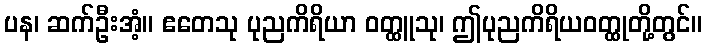
ပန၊ ဆက်ဦးအံ့။ ဧတေသု ပုညကိရိယာ ဝတ္ထူသု၊ ဤပုညကိရိယဝတ္ထုတို့တွင်။